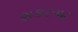
શકરગઢ